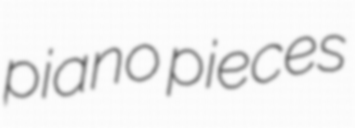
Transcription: piano pieces